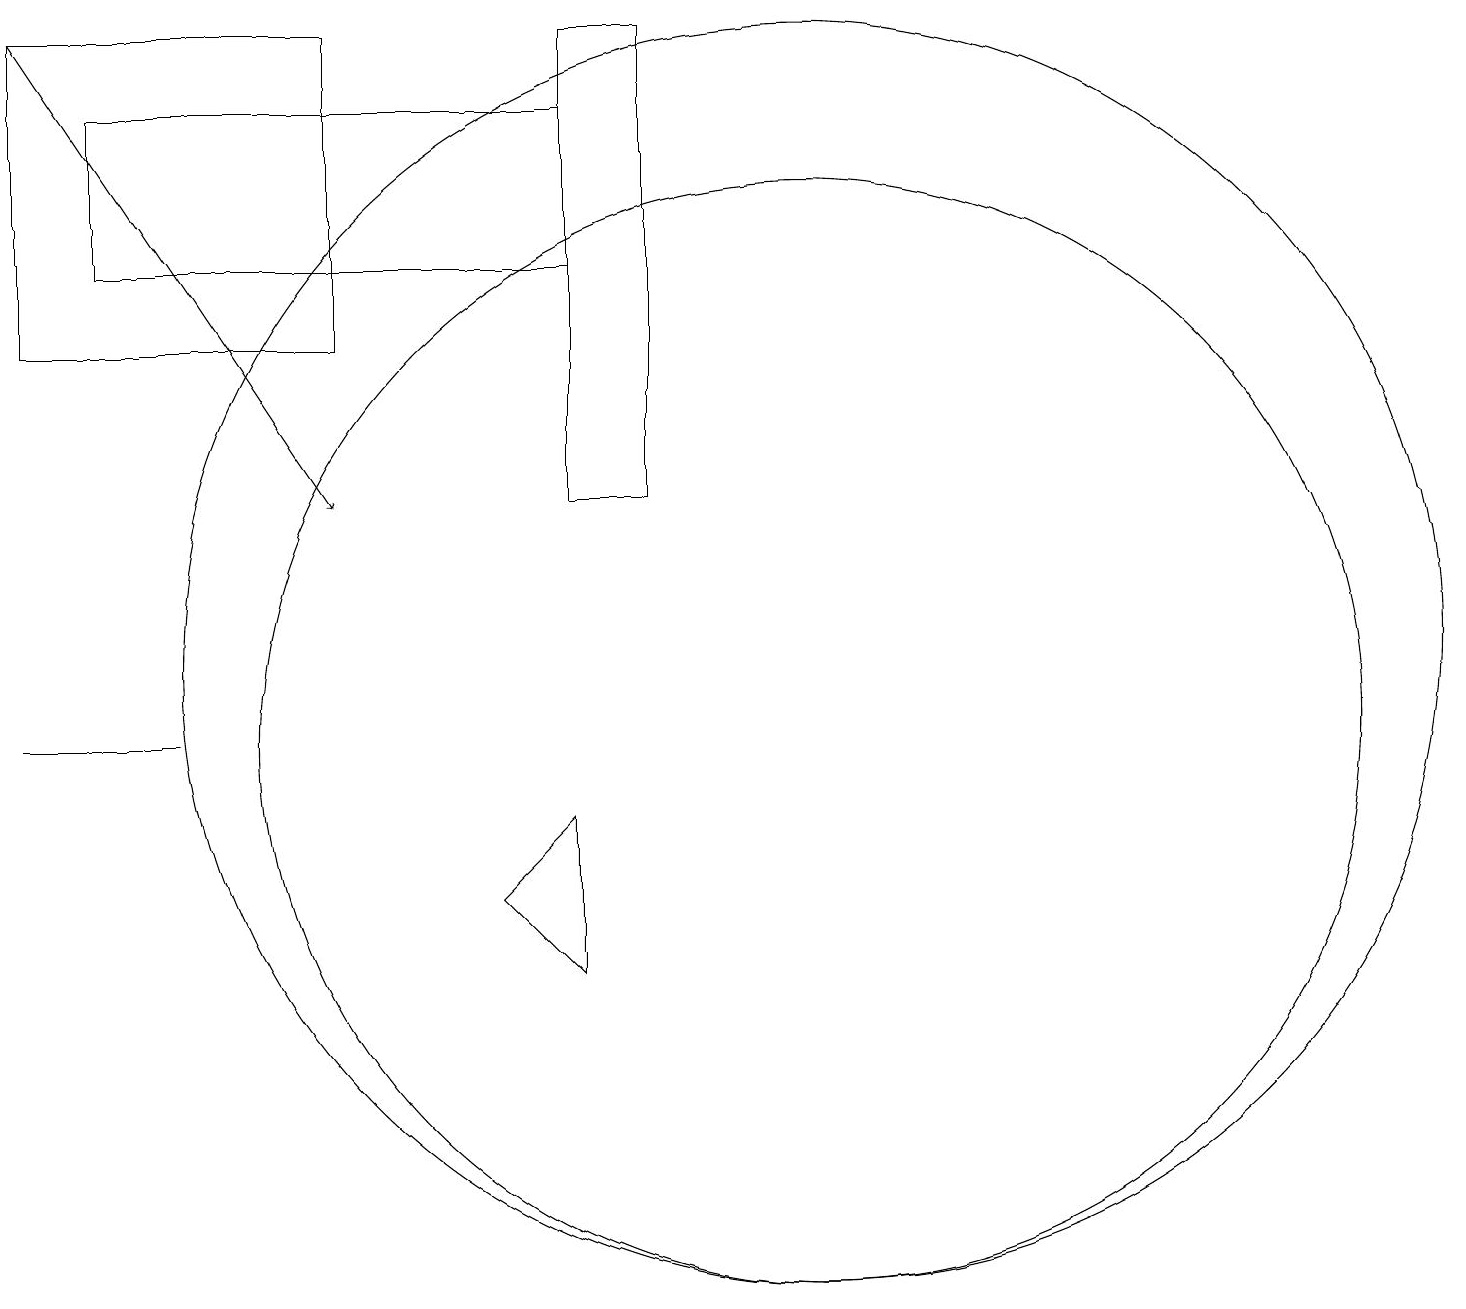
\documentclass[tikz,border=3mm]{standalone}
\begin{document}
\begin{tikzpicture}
\draw (0,10) rectangle (2,10);
\draw (6,8) -- (7,9) -- (7,7) -- cycle;
\draw[->] (0,19) -- (4,13);
\draw (10,10) circle (7);
\draw (8,13) rectangle (7,19);
\draw (1,16) rectangle (7,18);
\draw (10,11) circle (8);
\draw (0,19) rectangle (4,15);
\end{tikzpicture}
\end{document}